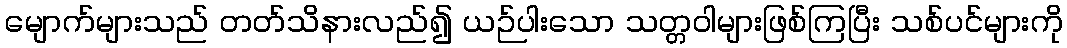
မျောက်များသည် တတ်သိနားလည်၍ ယဉ်ပါးသော သတ္တဝါများဖြစ်ကြပြီး သစ်ပင်များကို